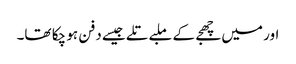
اور میں چھجے کے ملبے تلے جیسے دفن ہو چکا تھا۔